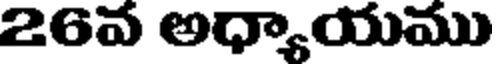
26వ అధ్యాయము